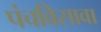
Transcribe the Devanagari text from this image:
पंचविसावा